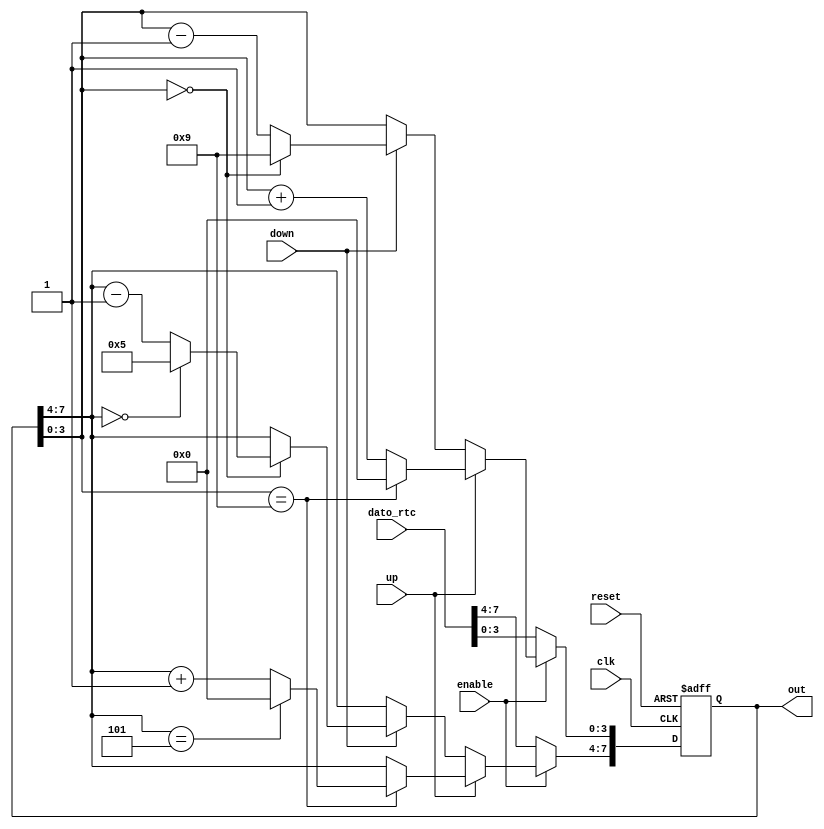
`timescale 1ns / 1ps

module Counter_60    (
out      ,  // Output of the counter
up			,
down  	, 
clk      ,  // clock input
reset		,  // reset input
dato_rtc ,
enable
);
//----------Output Ports--------------
output [7:0] out;
//------------Input Ports--------------
input up, down, clk, reset, enable;
input [7:0]dato_rtc;
//------------Internal Variables--------
reg [7:0] out;
//-------------Code Starts Here-------
   always @(posedge clk or posedge reset) begin
		if (reset) begin
         out <= 8'h00;
      end 
		else if (enable == 0) begin
			out <= dato_rtc;
		end
		else if (up) begin
         if (enable)
           if (out[3:0] == 9) begin
              out[3:0] <= 0;
              if (out[7:4] == 5)
                out[7:4] <= 0;
              else
                out[7:4] <= out[7:4] + 1;
           end
			  else begin
              out[3:0] <= out[3:0] + 1;
           end
      end // else: !if(reset)
		else if (down) begin
         if (enable)
           if (out[3:0] == 0) begin
              out[3:0] <= 9;
              if (out[7:4] == 0)
                out[7:4] <= 5;
              else
                out[7:4] <= out[7:4] - 1;
           end 
			  else begin
              out[3:0] <= out[3:0] - 1;
           end
      end // else: !if(reset)
   end // always @ (posedge clk or posedge reset)
endmodule // bcd_count